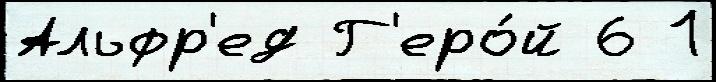
Альфр'ед Г'еро́й 6 1